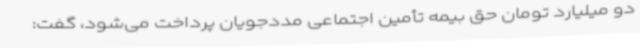
دو میلیارد تومان حق بیمه تأمین اجتماعی مددجویان پرداخت‌ می‌شود، گفت: